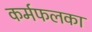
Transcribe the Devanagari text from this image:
कर्मफलका